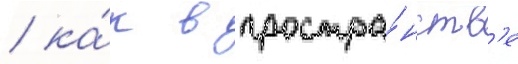
/ ка́к в простра́нств'е